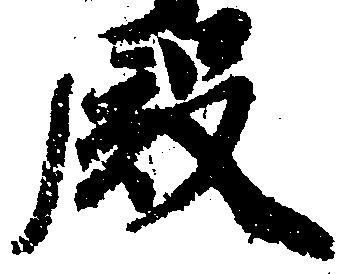
殿